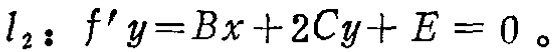
\(l_2：f^{\prime}y = Bx + 2Cy + E = 0\)